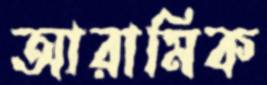
আরামিক